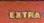
extra